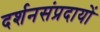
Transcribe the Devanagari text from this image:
दर्शनसंप्रदायों